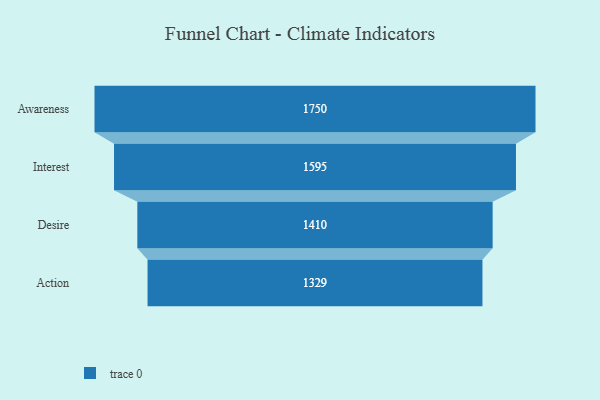
{"axis": {"x": "Stage", "y": "Value"}, "legend": [""], "data": [{"x": "Awareness", "y": 1750.0, "type": ""}, {"x": "Interest", "y": 1595.0, "type": ""}, {"x": "Desire", "y": 1410.0, "type": ""}, {"x": "Action", "y": 1329.0, "type": ""}]}